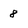
Character: 8